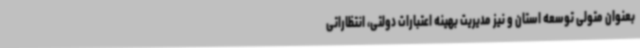
بعنوان متولی توسعه استان و نیز مدیریت بهینه اعتبارات دولتی، انتظاراتی